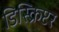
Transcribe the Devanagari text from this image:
डिस्क्रिप्टर